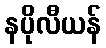
နပိုလီယန်